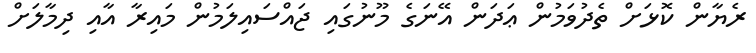
ރެޔާން ކޮޅަށް ތެދުވަމުން ޢަދަން އޭނަގެ މޫނުގައި ޖައްސައިލަމުން މައިރާ އާއި ދިމާލަށް